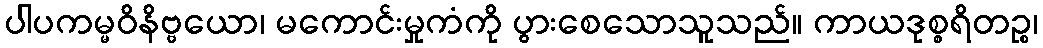
ပါပကမ္မဝိနိဗ္ဗယော၊ မကောင်းမှုကံကို ပွားစေသောသူသည်။ ကာယဒုစ္စရိတဉ္စ၊